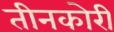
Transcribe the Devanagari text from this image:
तीनकोरी